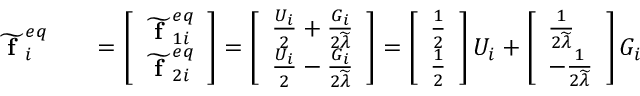
\begin{array} { r l r } { \widetilde { \textbf { f } } _ { i } ^ { e q } } & { { } } & { = \left[ \begin{array} { l } { \widetilde { \textbf { f } } _ { 1 i } ^ { e q } } \\ { \widetilde { \textbf { f } } _ { 2 i } ^ { e q } } \end{array} \right] = \left[ \begin{array} { l } { \frac { U _ { i } } { 2 } + \frac { G _ { i } } { 2 \widetilde { \lambda } } } \\ { \frac { U _ { i } } { 2 } - \frac { G _ { i } } { 2 \widetilde { \lambda } } } \end{array} \right] = \left[ \begin{array} { l } { \frac { 1 } { 2 } } \\ { \frac { 1 } { 2 } } \end{array} \right] U _ { i } + \left[ \begin{array} { l } { \frac { 1 } { 2 \widetilde { \lambda } } } \\ { - \frac { 1 } { 2 \widetilde { \lambda } } } \end{array} \right] G _ { i } } \end{array}